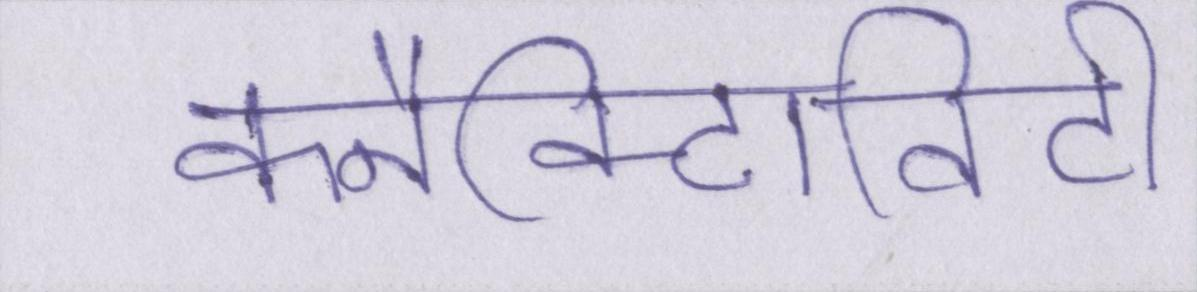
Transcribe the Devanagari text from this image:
कनैक्टिविटी